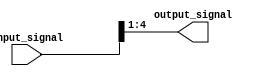
module part_select_example (
    input [7:0] input_signal,
    output [3:0] output_signal
);

assign output_signal = input_signal[4:1];

endmodule